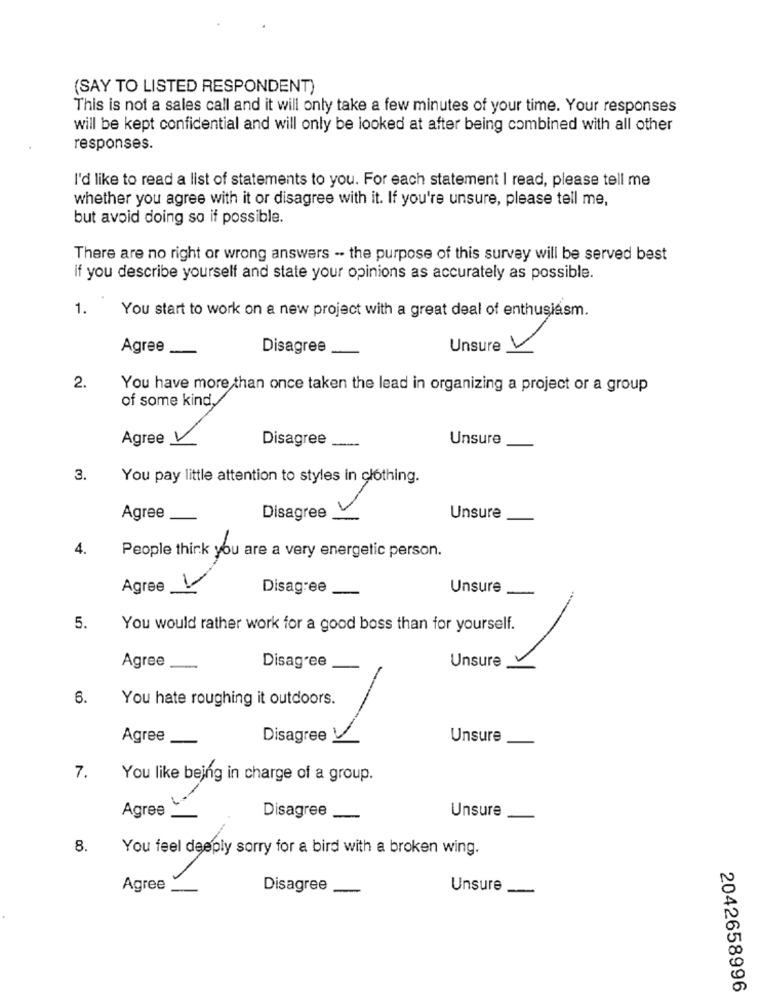
(SAY TO LISTED RESPONDENT)
This is not a sales call and it will only take a few minutes of your time. Your responses
will be kept confidential and will only be looked at after being combined with all other
responses.
I'd like to read a list of statements to you. For each statement I read, please tell me
whether you agree with it or disagree with it. If you're unsure, please tell me,
but avoid doing so if possible.
There are no right or wrong answers -- the purpose of this survey will be served best
if you describe yourself and state your opinions as accurately as possible.
1.
You start to work on a new project with a great deal of enthusiasm.
Agree
Disagree
Unsure V
2.
You have more than once taken the lead in organizing a project or a group
of some kind,
Agree V
Unsure
Disagree
3.
You pay little attention to styles in clothing.
Agree
Disagree
Unsure
4.
People think you are a very energetic person.
Agree
-
Disagree
Unsure
5.
You would rather work for a good boss than for yourself.
Agree
Unsure
-
Disagree
6.
You hate roughing it outdoors.
Agree
Disagree
Unsure
7.
You like being in charge of a group.
Unsure
Agree-
Disagree
-
8.
You feel deeply sorry for a bird with a broken wing.
Agree_
Disagree
-
Unsure
-
2042658996